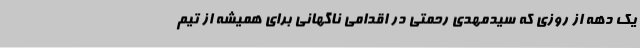
یک دهه از روزی که سیدمهدی رحمتی در اقدامی ناگهانی برای همیشه از تیم